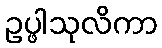
ဥပ္ဖါသုလိကာ